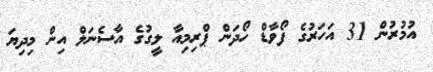
އުމުރުން 31 އަހަރުގެ ފޯވާޑް ހޯދަން ޕްރިމިއާ ލީގުގެ އާސެނަލް އިން މިދިޔަ